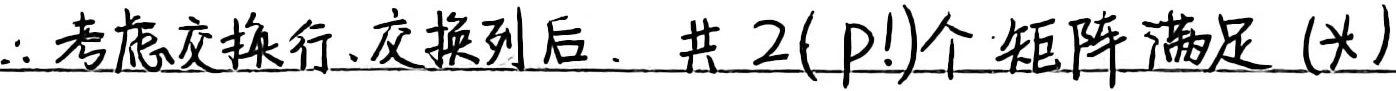
$\therefore$ 考虑交换行、交换列后，共 $2(p!)$ 个矩阵满足 $(*)$